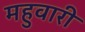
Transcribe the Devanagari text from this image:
महुवारी